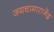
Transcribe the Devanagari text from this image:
जयचामाराजेंद्र